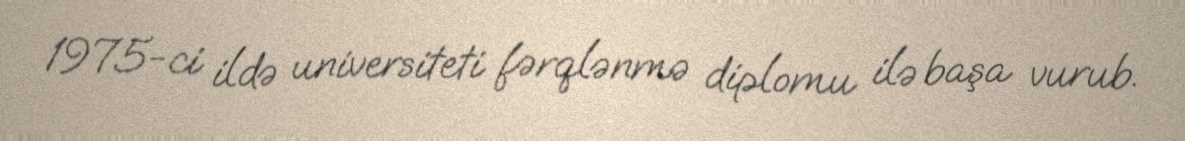
1975-ci ildə universiteti fərqlənmə diplomu ilə başa vurub.